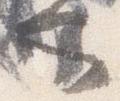
也